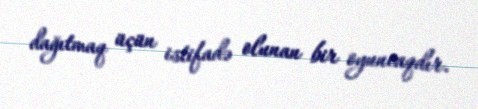
dağıtmaq üçün istifadə olunan bir oyuncaqdır.